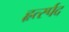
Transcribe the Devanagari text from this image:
हृर्त्स्पद